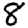
Digit: 8